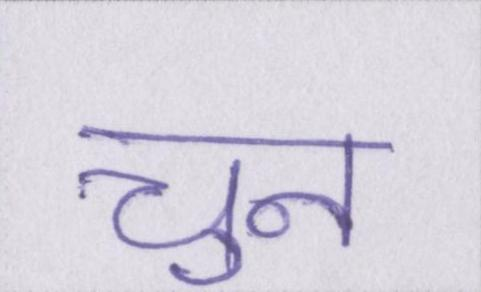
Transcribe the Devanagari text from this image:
चुन